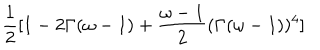
\frac { 1 } { 2 } [ 1 - 2 \Gamma ( \omega - 1 ) + \frac { \omega - 1 } { 2 } ( \Gamma ( \omega - 1 ) ) ^ { 4 } ]